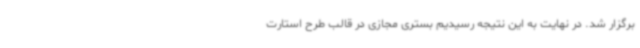
برگزار شد. در نهایت به این نتیجه رسیدیم بستری مجازی در قالب طرح استارت